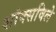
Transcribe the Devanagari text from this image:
शांक्सविले